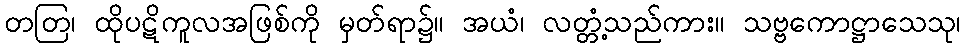
တတြ၊ ထိုပဋိကူလအဖြစ်ကို မှတ်ရာ၌။ အယံ၊ လတ္တံ့သည်ကား။ သဗ္ဗကောဋ္ဌာသေသု၊